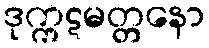
ဒုက္ကဋမတ္တနော